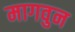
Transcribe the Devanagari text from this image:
मागवुन